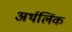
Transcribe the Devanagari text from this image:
अर्थलिंक